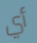
أي